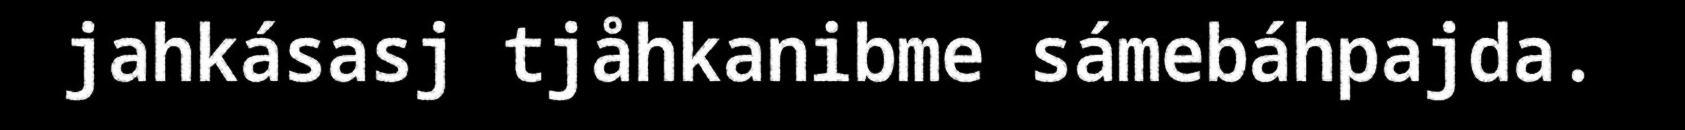
jahkásasj tjåhkanibme sámebáhpajda.